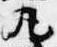
丸